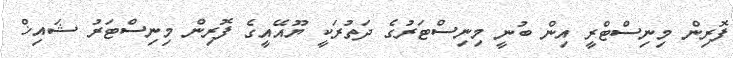
ފޮރިން މިނިސްޓްރީ އިން ބުނީ މިނިސްޓަރުގެ ދަތުރަކީ ޔޫއޭއީގެ ފޮރިން މިނިސްޓަރު ޝައިޚް